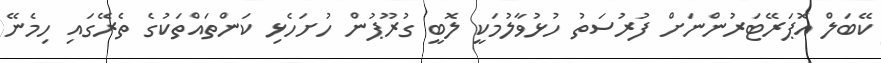
ކޭބަލް އޮޕަރޭޓަރުންނަށް ފުރުސަތު ހުޅުވާލުމަކީ ލޮބީ ގުރޫޕުން ހުށަހެޅި ކަންތައްތަކުގެ ތެރޭގައި ހިމެނޭ